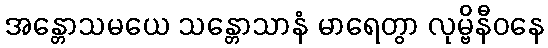
အန္တောသမယေ သန္တောသာနံ မာရေတွာ လုမ္ဗိနီဝနေ